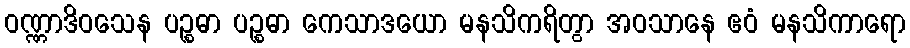
ဝဏ္ဏာဒိဝသေန ပဉ္စဓာ ပဉ္စဓာ ကေသာဒယော မနသိကရိတွာ အဝသာနေ ဧဝံ မနသိကာရော